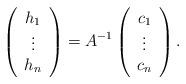
LaTeX: \begin{align*}\left( \begin{array}{c} h_1 \\ \vdots \\ h_n \end{array} \right) = A^{-1} \left( \begin{array}{c} c_1 \\ \vdots \\ c_n \end{array} \right) . \end{align*}